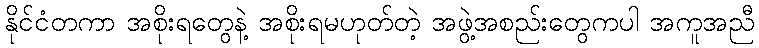
နိုင်ငံတကာ အစိုးရတွေနဲ့ အစိုးရမဟုတ်တဲ့ အဖွဲ့အစည်းတွေကပါ အကူအညီ